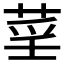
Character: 𦲻